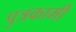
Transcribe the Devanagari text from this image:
पुत्रकामी